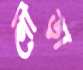
গৌড়া